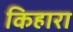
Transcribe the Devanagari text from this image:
किहारा